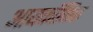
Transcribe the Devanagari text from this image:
आयकॉनिक